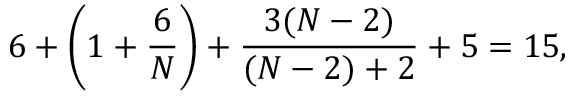
6 + \left( 1 + \frac 6 N \right) + \frac { 3 ( N - 2 ) } { ( N - 2 ) + 2 } + 5 = 1 5 ,